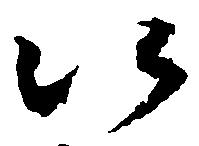
以